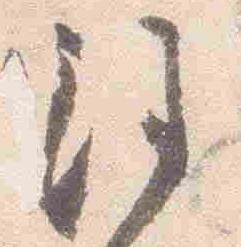
注